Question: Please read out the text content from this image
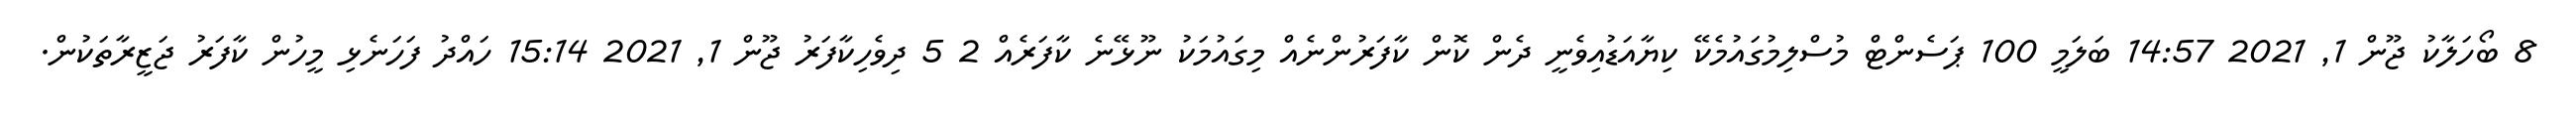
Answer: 8 ބޯހަލާކު ޖޫން 1, 2021 14:57 ބަލަމީ 100 ޕަސެންޓް މުސްލިމުގައުމެކޭ ކިޔާއަޑުއިވެނީ ދެން ކޮން ކާފަރުންނެއް މިގައުމަކު ނޫޅޭނެ ކާފަރެއް 2 5 ދިވެހިކާފަރު ޖޫން 1, 2021 15:14 ހައްދު ފަހަނެޅި މީހުން ކާފަރު ޖަޒީރާތަކުން.